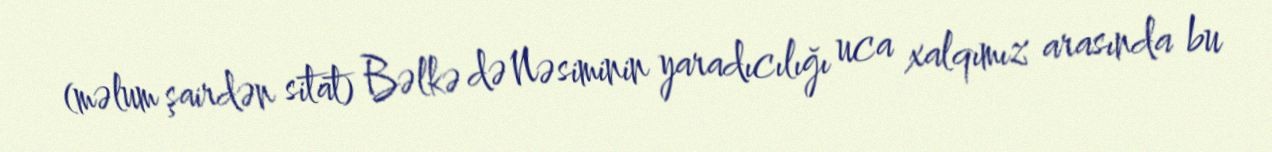
(məlum şairdən sitat) Bəlkə də Nəsiminin yaradıcılığı uca xalqımız arasında bu